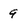
Character: 9